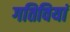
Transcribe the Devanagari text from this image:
गतिवियां